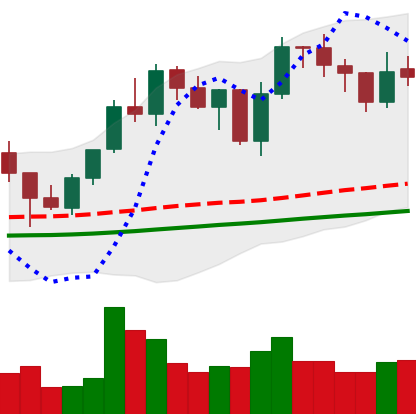
Ticker: LINK-USD
Chart end date: 2021-01-29
Forward return: 10.098%
Label: up_7plus